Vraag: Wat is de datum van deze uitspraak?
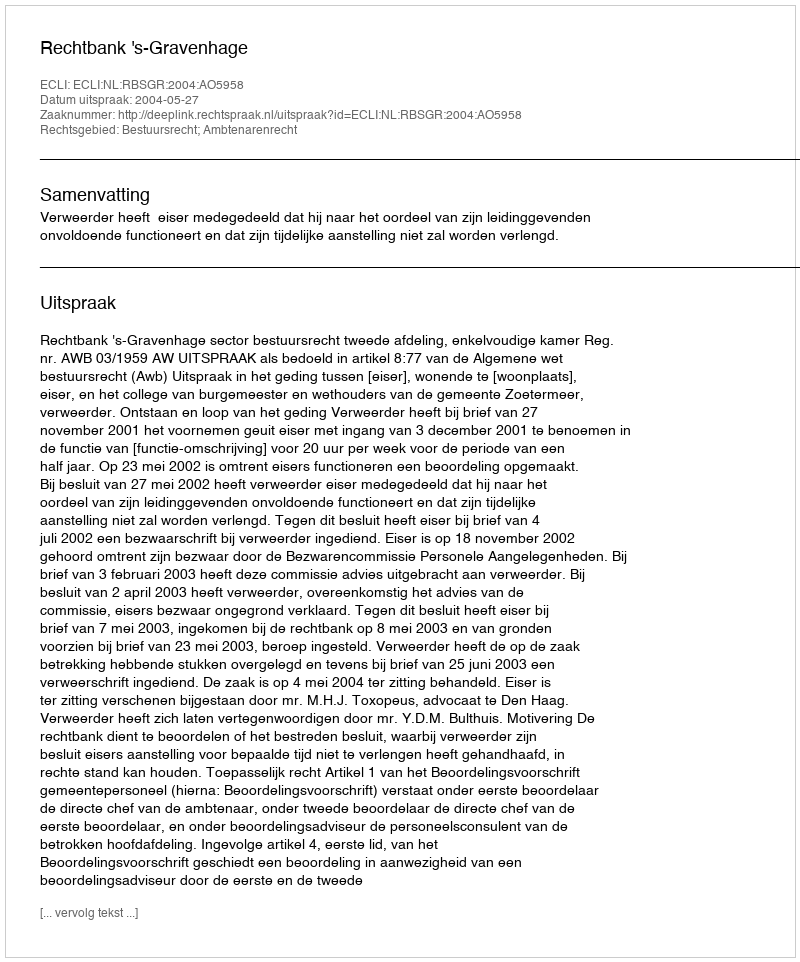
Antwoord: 2004-05-27